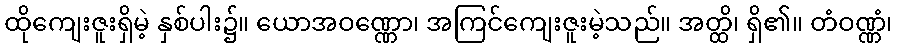
ထိုကျေးဇူးရှိမဲ့ နှစ်ပါး၌။ ယောအဝဏ္ဏော၊ အကြင်ကျေးဇူးမဲ့သည်။ အတ္ထိ၊ ရှိ၏။ တံဝဏ္ဏံ၊